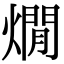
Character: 燗